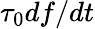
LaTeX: \tau_{0}df/dt